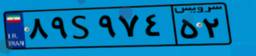
۸۹S۹۷۴۵۲